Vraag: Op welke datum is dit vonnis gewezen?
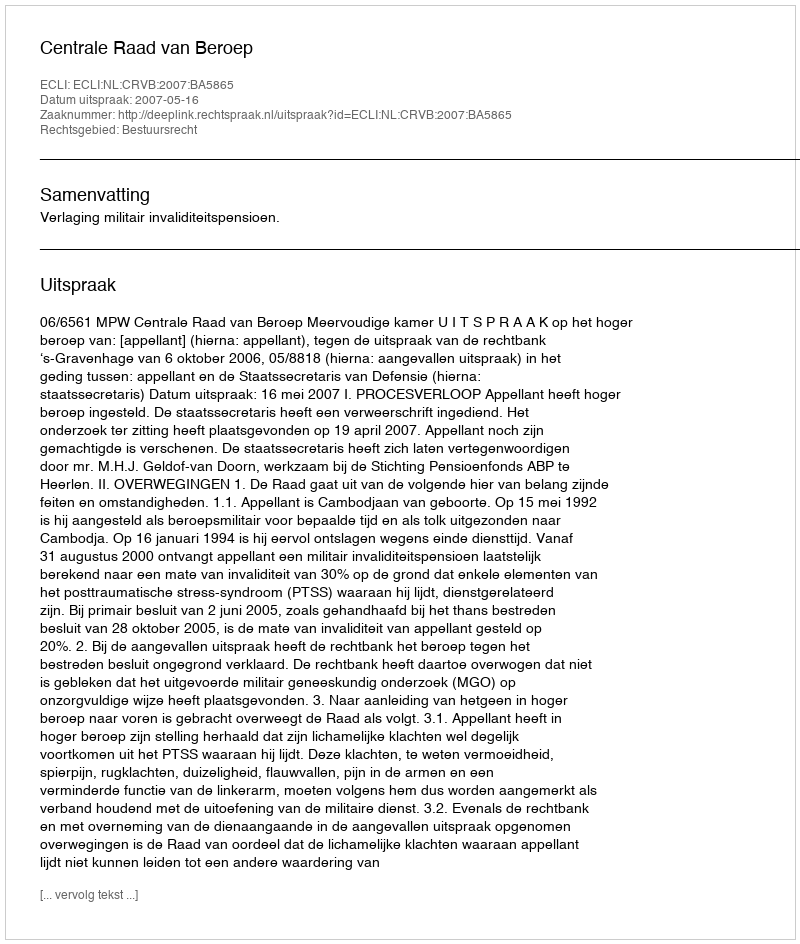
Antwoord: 2007-05-16